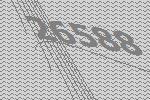
26588